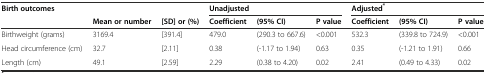
<table><thead><tr><td><b>Birth outcomes</b></td><td colspan="2"></td><td colspan="3"><b>Unadjusted</b></td><td colspan="3"><b>Adjusted<sup>*</sup></b></td></tr><tr><td></td><td><b>Mean or number</b></td><td><b>[SD] or (%)</b></td><td><b>Coefficient</b></td><td><b>(95% CI)</b></td><td><b>P value</b></td><td><b>Coefficient</b></td><td><b>(95% CI)</b></td><td><b>P value</b></td></tr></thead><tbody><tr><td>Birthweight (grams)</td><td>3169.4</td><td>[391.4]</td><td>479.0</td><td>(290.3 to 667.6)</td><td>&lt;0.001</td><td>532.3</td><td>(339.8 to 724.9)</td><td>&lt;0.001</td></tr><tr><td>Head circumference (cm)</td><td>32.7</td><td>[2.11]</td><td>0.38</td><td>(-1.17 to 1.94)</td><td>0.63</td><td>0.35</td><td>(-1.21 to 1.91)</td><td>0.66</td></tr><tr><td>Length (cm)</td><td>49.1</td><td>[2.59]</td><td>2.29</td><td>(0.38 to 4.20)</td><td>0.02</td><td>2.41</td><td>(0.49 to 4.33)</td><td>0.02</td></tr></tbody></table>